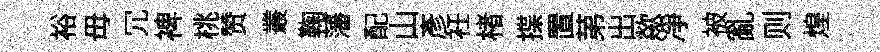
裕毋冗裨桃赞叢鞠藩配山彥衽楮揲置苐出歘凈被亂则煌